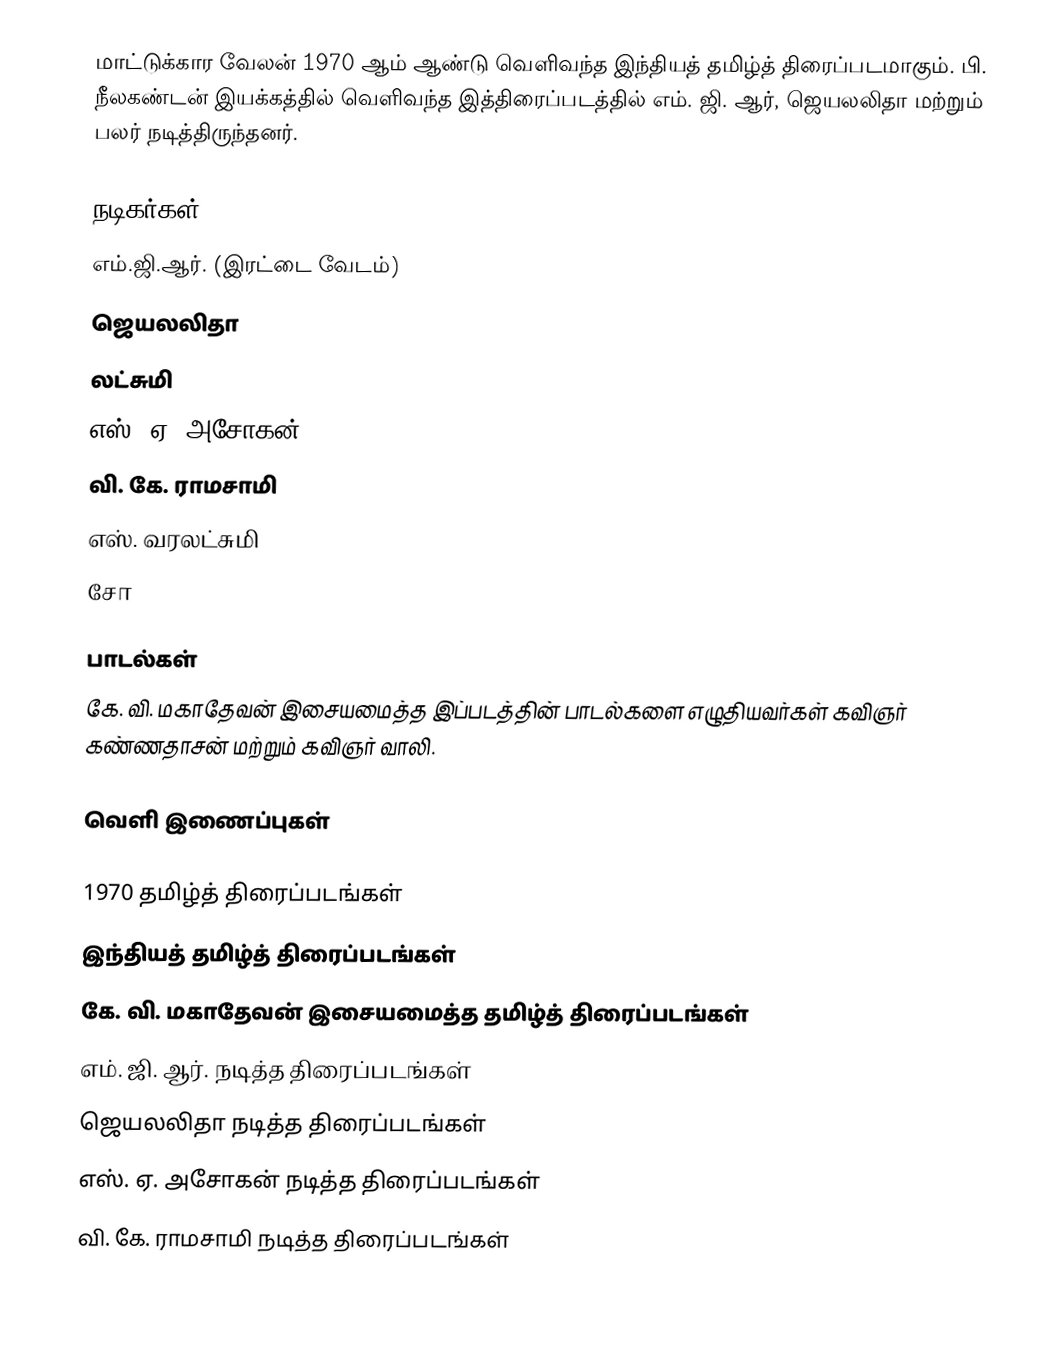
மாட்டுக்கார வேலன் 1970 ஆம் ஆண்டு வெளிவந்த இந்தியத் தமிழ்த் திரைப்படமாகும். பி. நீலகண்டன் இயக்கத்தில் வெளிவந்த இத்திரைப்படத்தில் எம். ஜி. ஆர், ஜெயலலிதா மற்றும் பலர் நடித்திருந்தனர்.

நடிகர்கள்
எம்.ஜி.ஆர். (இரட்டை வேடம்)
ஜெயலலிதா
லட்சுமி
எஸ். ஏ. அசோகன்
வி. கே. ராமசாமி
எஸ். வரலட்சுமி
சோ

பாடல்கள்
கே. வி. மகாதேவன் இசையமைத்த இப்படத்தின் பாடல்களை எழுதியவர்கள் கவிஞர் கண்ணதாசன் மற்றும் கவிஞர் வாலி.

வெளி இணைப்புகள்

1970 தமிழ்த் திரைப்படங்கள்
இந்தியத் தமிழ்த் திரைப்படங்கள்
கே. வி. மகாதேவன் இசையமைத்த தமிழ்த் திரைப்படங்கள்
எம். ஜி. ஆர். நடித்த திரைப்படங்கள்
ஜெயலலிதா நடித்த திரைப்படங்கள்
எஸ். ஏ. அசோகன் நடித்த திரைப்படங்கள்
வி. கே. ராமசாமி நடித்த திரைப்படங்கள்